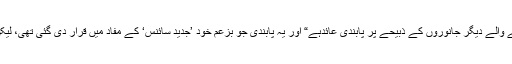
بھارتی دستور مملکت کی دفعہ48 میں ”گائے، بچھڑے یا دودھ دینے والے دیگر جانوروں کے ذبیحے پر پابندی عائدہے“ اور یہ پابندی جو بزعم خود ’جدید سائنس‘ کے مفاد میں قرار دی گئی تھی، لیکن اسے ہندو راشٹر کے لیے ایک ہتھیار کے طورپر استعمال کیا گیا۔